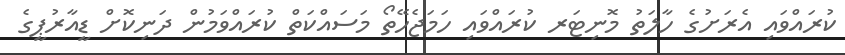
ކުރައްވައި އެރަށުގެ ހާލަތު މޮނިޓަރ ކުރައްވައި ހަމަޖެހޭތޯ މަސައްކަތް ކުރައްވަމުން ދަނިކޮށް ޑީއާރުޕީގެ